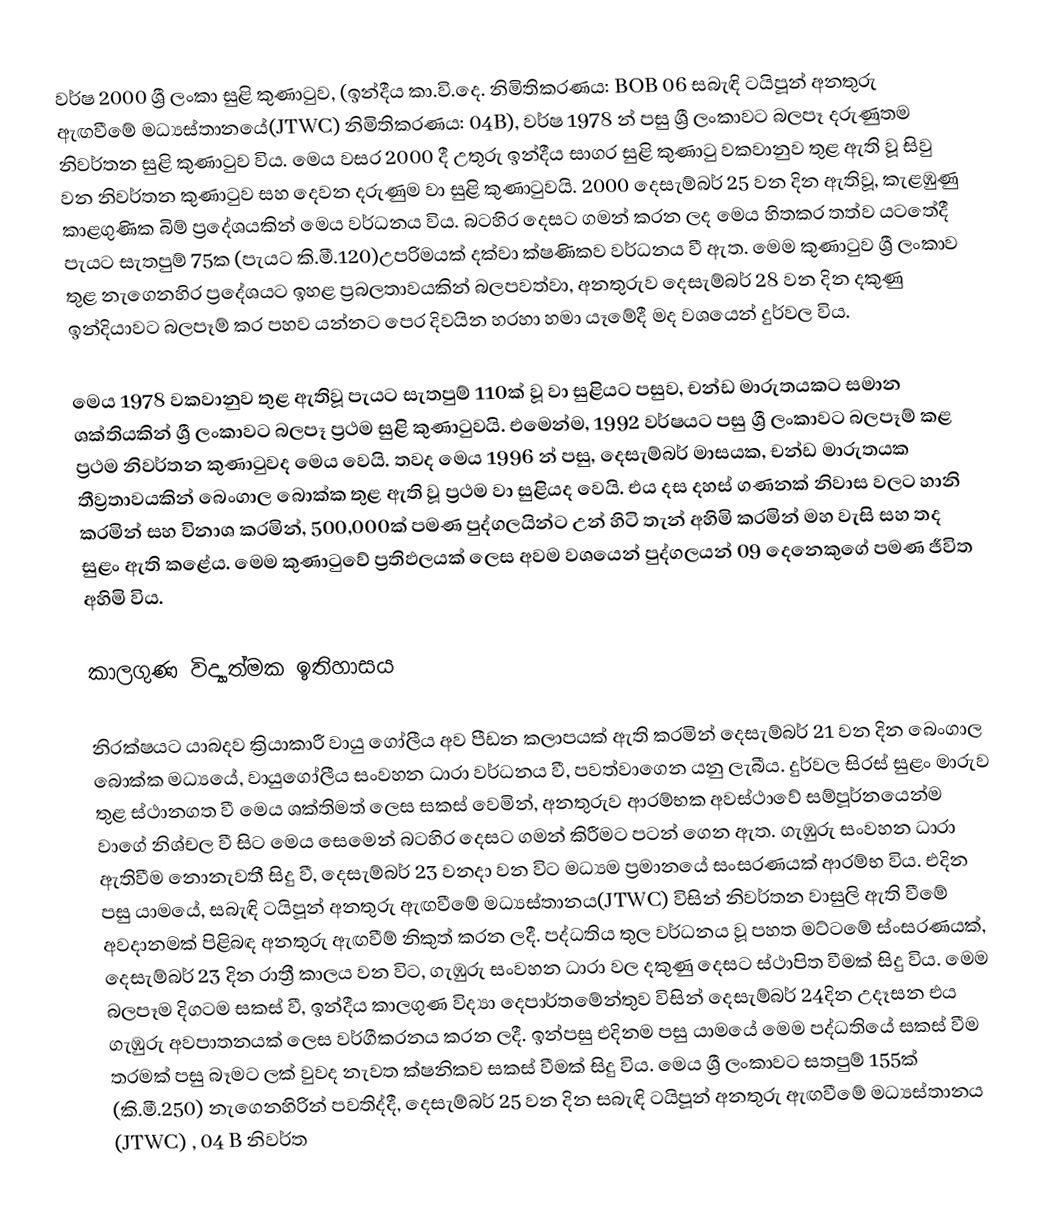
වර්ෂ 2000 ශ්‍රී ලංකා සුළි කුණාටුව, (ඉන්දීය කා.වි.දෙ. නිමිතිකරණය: BOB 06 සබැඳි ටයිපූන් අනතුරු ඇඟවීමේ මධ්‍යස්තානයේ(JTWC) නිමිතිකරණය: 04B), වර්ෂ 1978 න් පසු  ශ්‍රී ලංකාවට බලපෑ  දරුණුතම නිවර්තන සුළි කුණාටුව විය. මෙය වසර 2000 දී උතුරු ඉන්දීය සාගර සුළි කුණාටු වකවානුව තුළ ඇති වූ සිවු වන නිවර්තන කුණාටුව සහ දෙවන දරුණුම වා සුළි කුණාටුවයි.  2000 දෙසැම්බර් 25 වන දින ඇතිවූ, කැළඹුණු කාළගුණික බිම් ප්‍රදේශයකින් මෙය වර්ධනය විය. බටහිර දෙසට ගමන් කරන ලද මෙය හිතකර තත්ව යටතේදී පැයට සැතපුම් 75ක (පැයට කි.මී.120)උපරිමයක් දක්වා ක්ෂණිකව වර්ධනය වී ඇත.  මෙම කුණාටුව ශ්‍රී ලංකාව තුළ නැගෙනහිර ප්‍රදේශයට ඉහළ ප්‍රබලතාවයකින් බලපවත්වා, අනතුරුව දෙසැම්බර් 28 වන දින දකුණු ඉන්දියාවට බලපෑම් කර පහව යන්නට පෙර දිවයින හරහා හමා යෑමේදී මද වශයෙන් දුර්වල විය.

මෙය 1978 වකවානුව තුළ ඇතිවූ පැයට සැතපුම් 110ක් වූ වා සුළියට පසුව, චන්ඩ මාරුතයකට සමාන ශක්තියකින් ශ්‍රී ලංකාවට බලපෑ ප්‍රථම සුළි කුණාටුවයි. එමෙන්ම, 1992 වර්ෂයට පසු ශ්‍රී ලංකාවට බලපෑම් කළ ප්‍රථම නිවර්තන කුණාටුවද මෙය වෙයි.  තවද මෙය 1996 න් පසු, දෙසැම්බර් මාසයක, චන්ඩ මාරුතයක තීව්‍රතාවයකින් බෙංගාල බොක්ක තුළ ඇති වූ ප්‍රථම වා සුළියද වෙයි. එය දස දහස් ගණනක් නිවාස වලට හානි කරමින් සහ විනාශ කරමින්, 500,000ක් පමණ පුද්ගලයින්ට උන් හිටි තැන් අහිමි කරමින් මහ වැසි සහ තද සුළං ඇති කළේය. මෙම කුණාටුවේ ප්‍රතිඵලයක් ලෙස අවම වශයෙන් පුද්ගලයන් 09 දෙනෙකුගේ පමණ ජීවිත අහිමි විය.

කාලගුණ විද්‍යාත්මක ඉතිහාසය

නිරක්ෂයට යාබදව ක්‍රියාකාරී වායු ගෝලීය අව පීඩන කලාපයක්  ඇති කරමින් දෙසැම්බර් 21 වන දින බෙංගාල බොක්ක මධ්‍යයේ, වායුගෝලීය සංවහන ධාරා වර්ධනය වී, පවත්වාගෙන යනු ලැබීය. දුර්වල සිරස් සුළං මාරුව තුළ ස්ථානගත වී මෙය ශක්තිමත් ලෙස සකස් වෙමින්, අනතුරුව ආරම්භක අවස්ථාවේ සම්පූර්නයෙන්ම වාගේ නිශ්චල වී සිට මෙය සෙමෙන් බටහිර දෙසට ගමන් කිරීමට පටන් ගෙන ඇත. ගැඹුරු සංවහන ධාරා ඇතිවීම නොනැවතී සිදු වී, දෙසැම්බර් 23 වනදා වන විට මධ්‍යම ප්‍රමානයේ සංසරණයක් ආරම්භ විය. එදින පසු යාමයේ, සබැඳි ටයිපූන් අනතුරු ඇඟවීමේ මධ්‍යස්තානය(JTWC) විසින් නිවර්තන වාසුලි ඇති වීමේ අවදානමක් පිළිබඳ අනතුරු ඇඟවීම් නිකුත් කරන ලදී.  පද්ධතිය තුල වර්ධනය වූ පහත මට්ටමේ ස්ංසරණයක්, දෙසැම්බර් 23 දින රාත්‍රී කාලය වන විට, ගැඹුරු සංවහන ධාරා වල දකුණු දෙසට ස්ථාපිත වීමක් සිදු විය. මෙම බලපෑම දිගටම සකස් වී, ඉන්දීය කාලගුණ විද්‍යා දෙපාර්තමේන්තුව විසින් දෙසැම්බර් 24දින උදෑසන එය ගැඹුරු අවපාතනයක් ලෙස වර්ගීකරනය කරන ලදී. ඉන්පසු එදිනම පසු යාමයේ මෙම පද්ධතියේ සකස් වීම තරමක් පසු බෑමට ලක් වුවද නැවත ක්ෂනිකව සකස් වීමක් සිදු විය. මෙය ශ්‍රී ලංකාවට සතපුම් 155ක් (කි.මී.250) නැගෙනහිරින් පවතිද්දී, දෙසැම්බර් 25 වන දින සබැඳි ටයිපූන් අනතුරු ඇඟවීමේ මධ්‍යස්තානය (JTWC) ,  04 B නිවර්ත